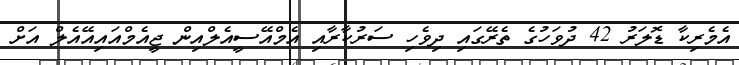
އެމެރިކާ ޑޮލަރު 42 ދުވަހުގެ ތެރޭގައި ދިވެހި ސަރުކާރާއި އެމްއޭސީއެލްއިން ޖީއެމްއައިއޭއެލް އަށް